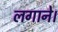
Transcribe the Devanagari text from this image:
लगाने।